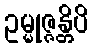
ဥမ္မုဇ္ဇန္တိပိ